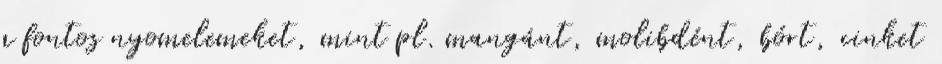
a fontos nyomelemeket, mint pl. mangánt, molibdént, bórt, cinket